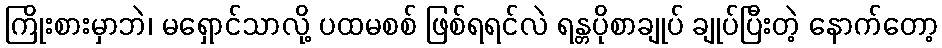
ကြိုးစားမှာဘဲ၊ မရှောင်သာလို့ ပထမစစ် ဖြစ်ရရင်လဲ ရန္တပိုစာချုပ် ချုပ်ပြီးတဲ့ နောက်တော့